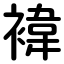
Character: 褘